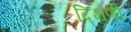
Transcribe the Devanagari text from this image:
द्क्षिणी